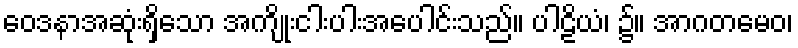
ဝေဒနာအဆုံးရှိသော အကျိုးငါးပါးအပေါင်းသည်။ ပါဠိယံ၊ ၌။ အာဂတမေဝ၊